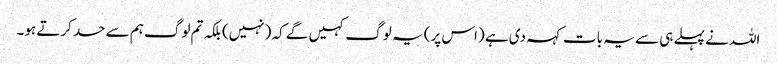
اللہ نے پہلے ہی سے یہ بات کہہ دی ہے (اس پر) یہ لوگ کہیں گے کہ (نہیں) بلکہ تم لوگ ہم سے حسد کرتے ہو۔